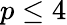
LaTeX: p\le 4